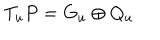
T _ { u } P = G _ { u } \oplus Q _ { u }